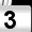
Digit: 3